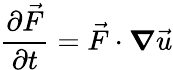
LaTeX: \frac{\partial\vec{F}}{\partial t}=\vec{F}\cdot\boldsymbol{\nabla}\vec{u}